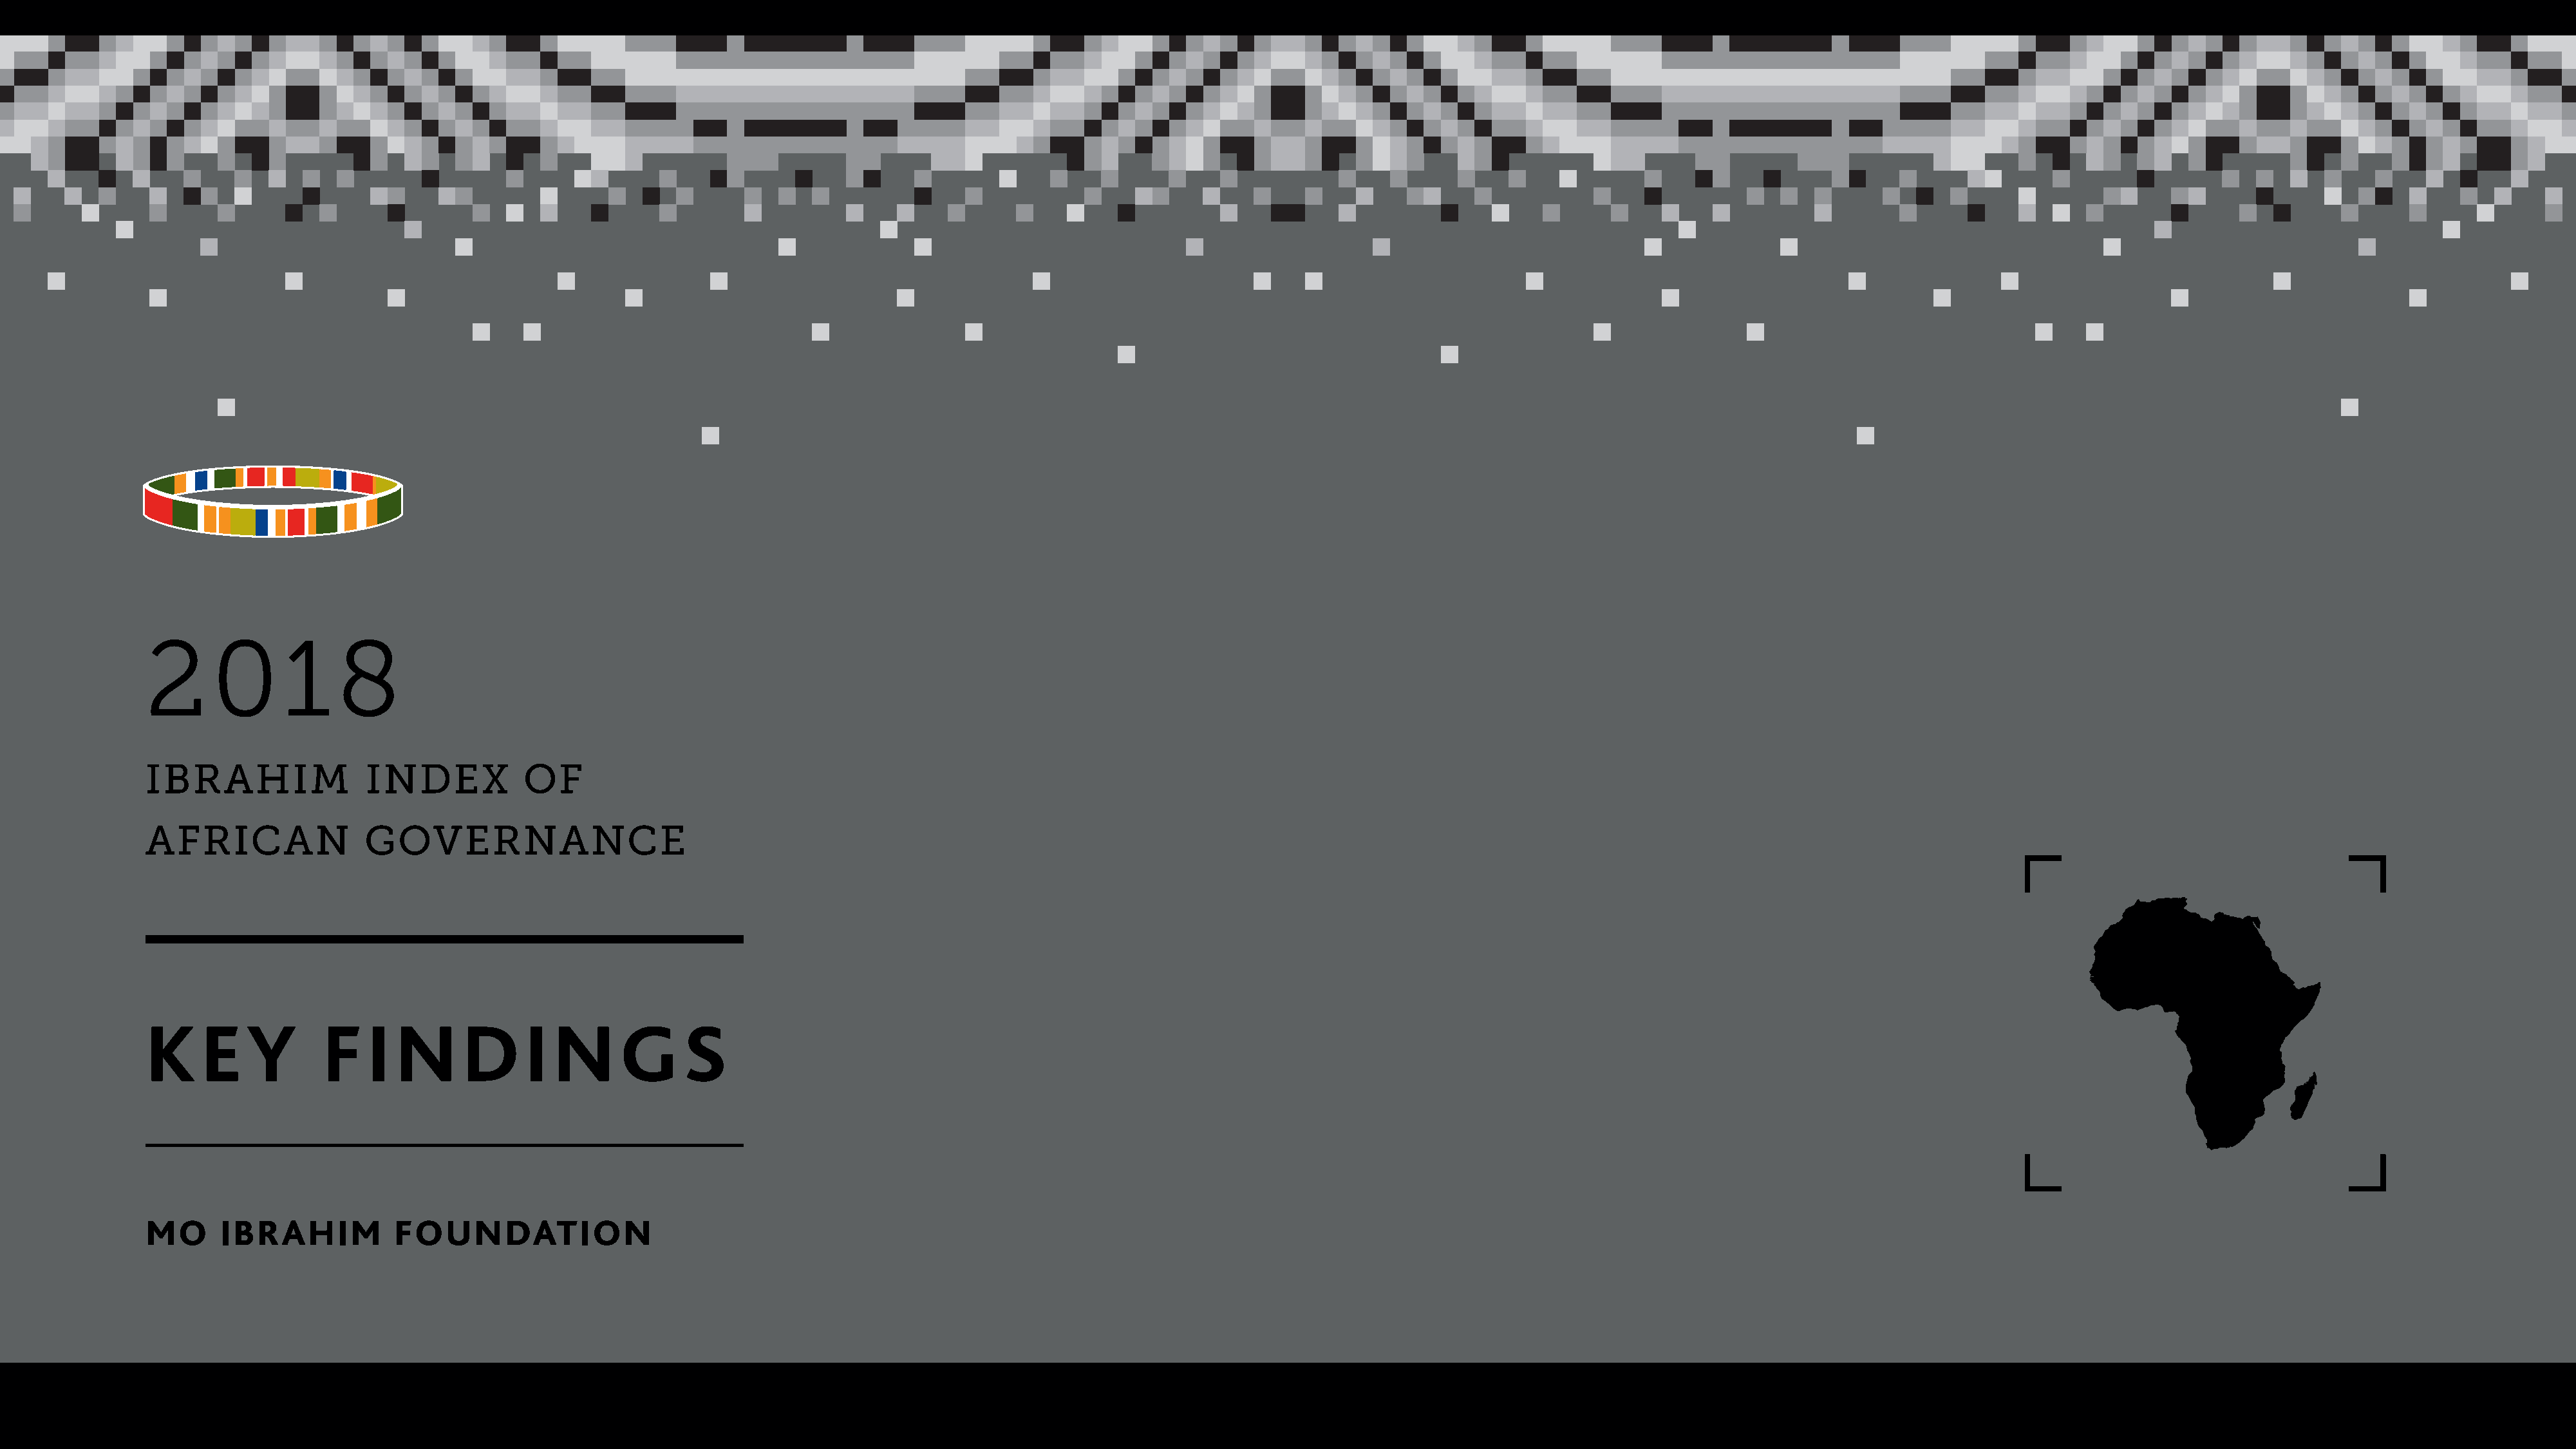
2      0      1     8
 IBRAHIM                INDEX           OF
 AFRICAN               GOVERNANCE
 K     E   Y       F    I  N     D      I  N      G     S
 MO      IBRAHIM           FOUNDATION